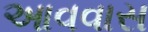
આવવાસ